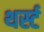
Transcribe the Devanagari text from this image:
थर्स्ट